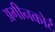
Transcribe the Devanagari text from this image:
अगीनकोर्ट